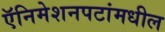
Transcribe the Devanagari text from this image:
ऍनिमेशनपटांमधील